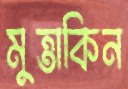
মুত্তাকিন